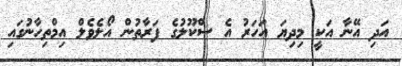
އަދި އޭނާ އަކީ މިދިޔަ އަހަރު އެ ސްކޫލުގެ ފަރާތުން އޯލެވެލް އިމްތިހާނުގައި